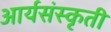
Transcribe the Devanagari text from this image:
आर्यसंस्कृती